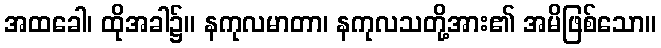
အထခေါ၊ ထိုအခါ၌။ နကုလမာတာ၊ နကုလသတို့အား၏ အမိဖြစ်သော။